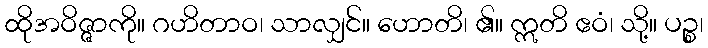
ထိုအဝိဇ္ဇာကို။ ဂဟိတာဝ၊ သာလျှင်။ ဟောတိ၊ ၏။ ဣတိ ဧဝံ၊ သို့။ ပဉ္စ၊